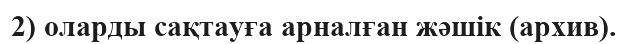
2) оларды сақтауға арналған жәшік (архив).